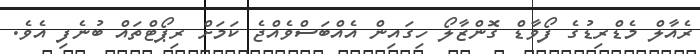
ރެއާލް މެޑްރިޑުގެ ފޯވާޑް ގޮންޒާލޯ ހިގައިން އެއްބަސްވެއްޖެ ކަމަށް ރިޕޯޓްތައް ބުނެފި އެވެ.